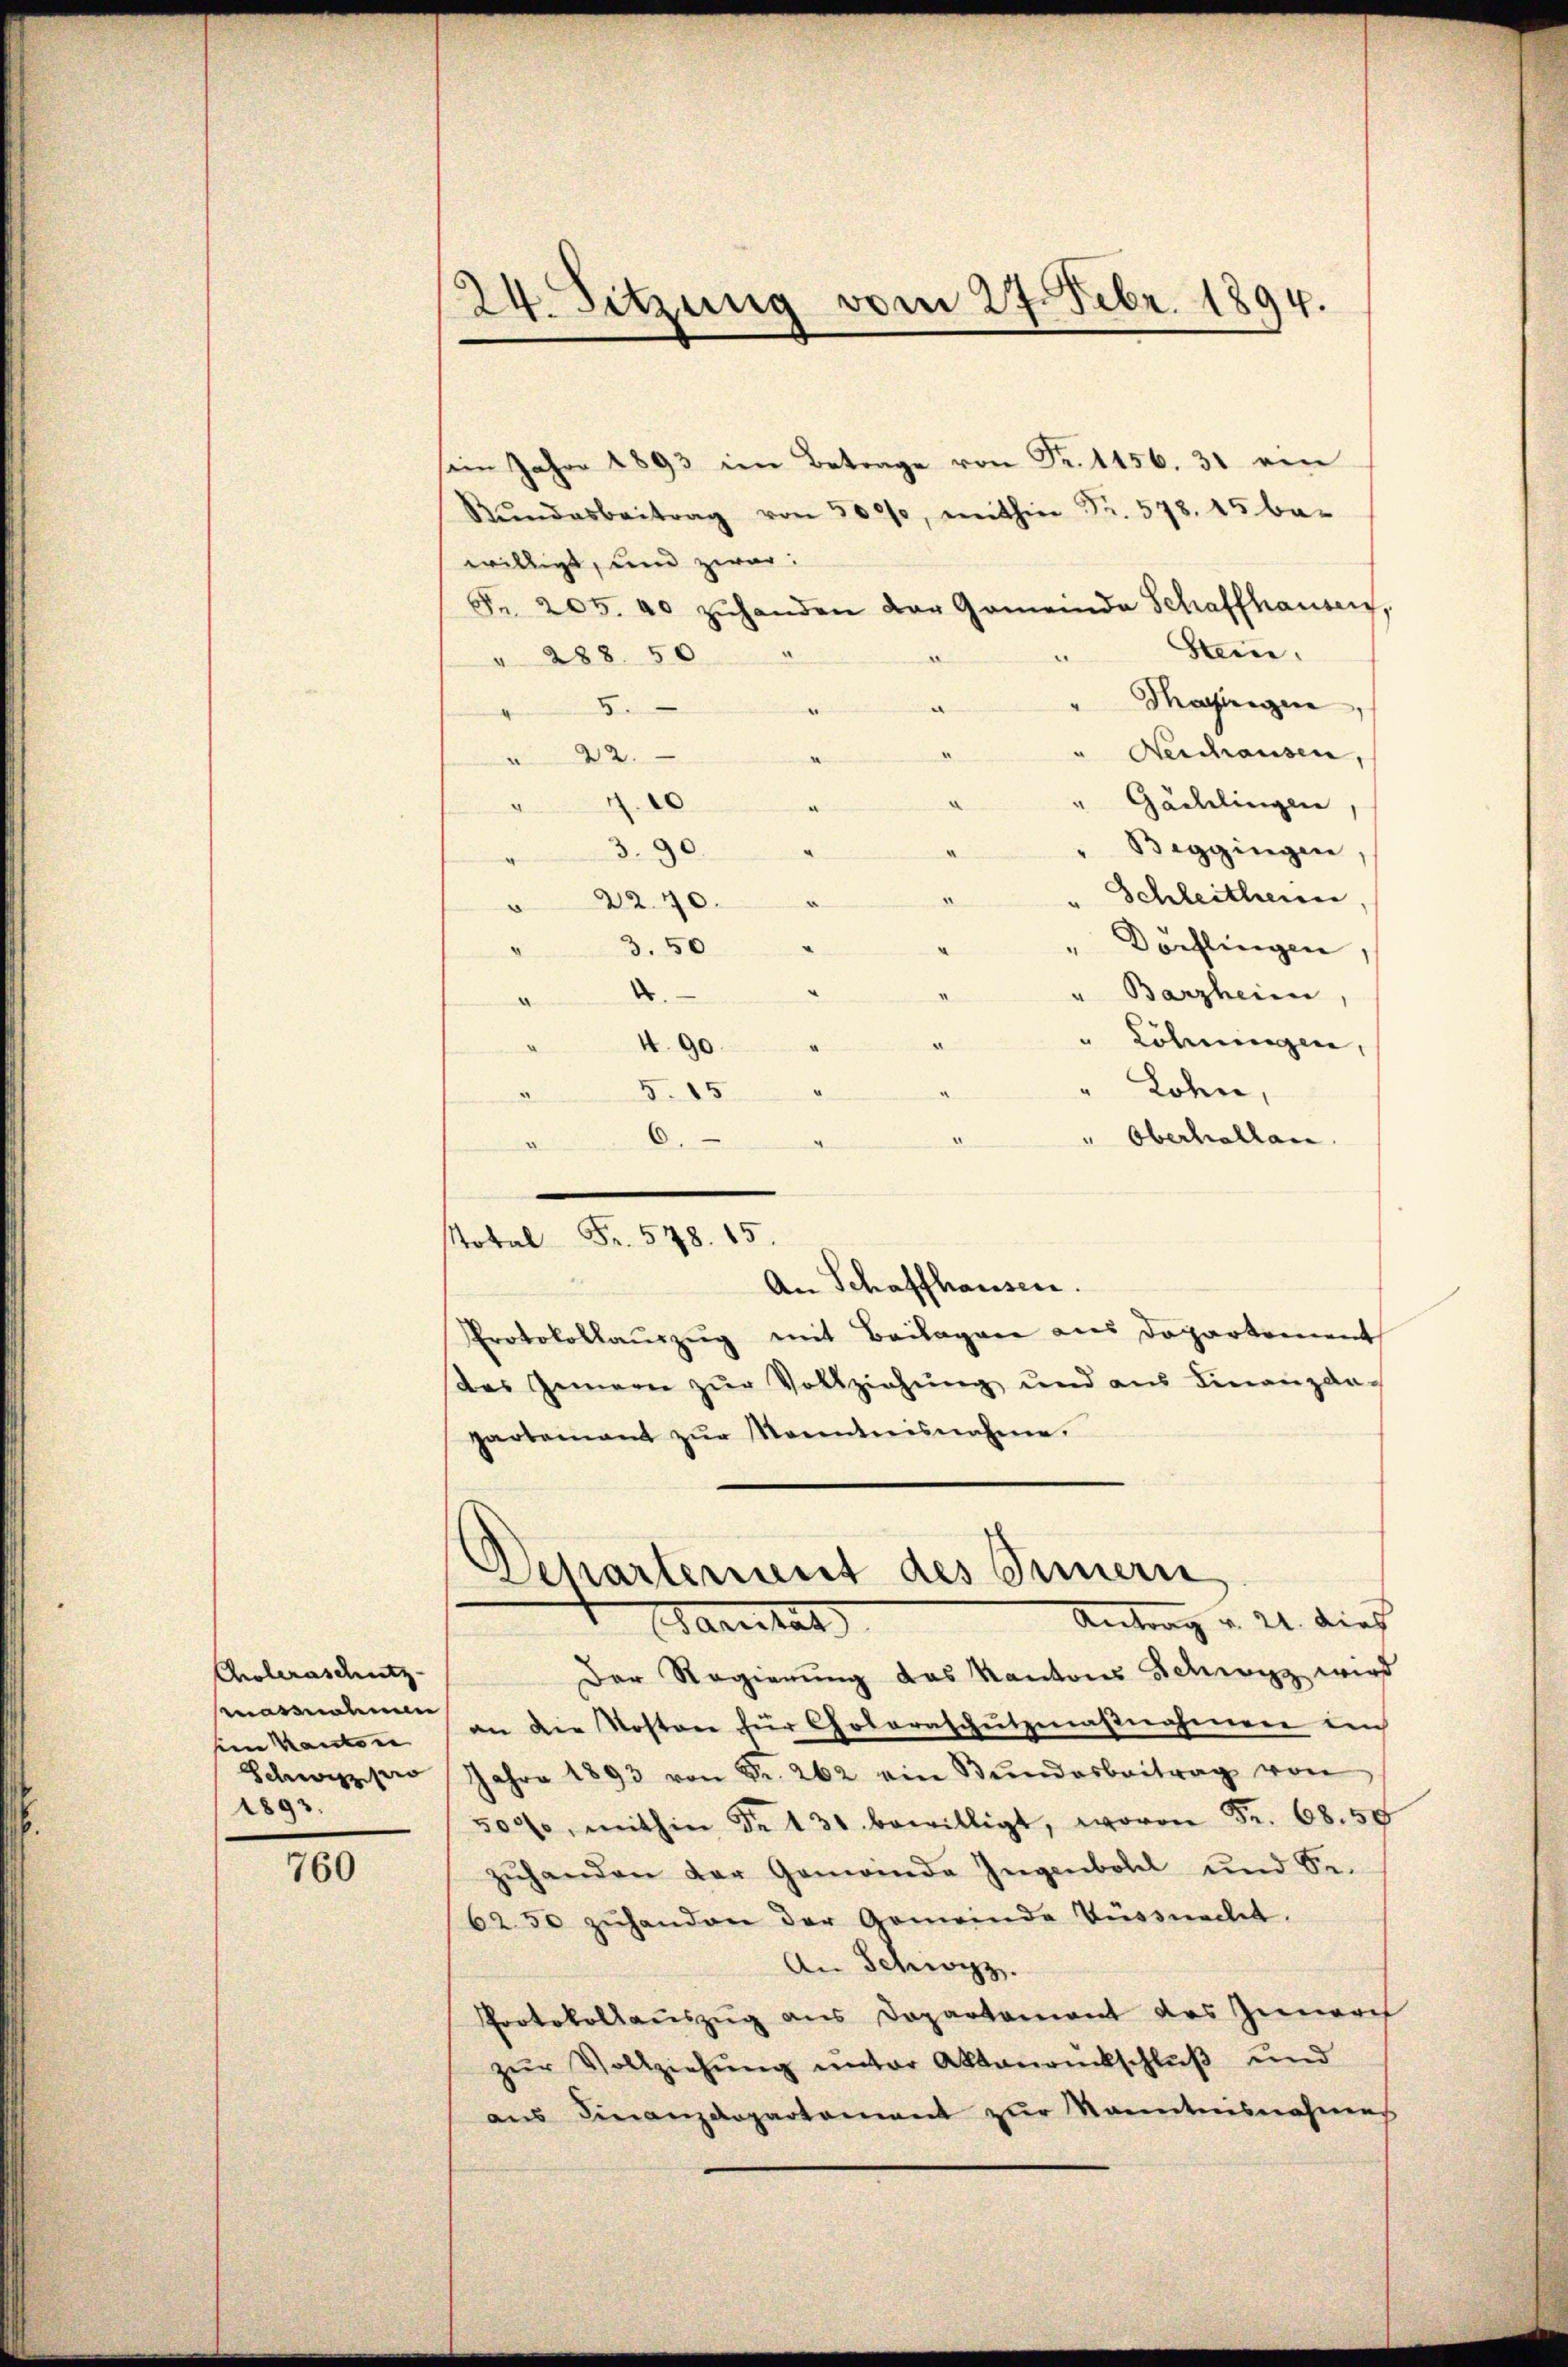
Coleraschutz
massnahmen
sein Kanton
Schwier
1893.

760

24. Sitzung vom 27. Febr. 1894.

im Jahre 1893 im Betrage von Fr. 1156. 31 ein
Rŭndesbeitrag von 3000, mithin Fr. 578. 45 be-
willigt, und zwar:
Fr. 205. 40 zŭhanden der Gemeinda Schaffhausen,
Stein.
" 288. 50
Mashingen,

" Aeschausen,
22.
" Gädelingen
d
Beggingen.
3.90
e
Schleithen
" 2240.
Dochlingen,
"3.50
.
" Barzheim,
“
" Löhnungen,
4. 90.
.
Lohn,
5. 15
u
ei
" Oberhallan
6.
.
otal Fr. 578. 15.
An Schaffhausen.
Protokollauszug mit Beilagen aus Departement
des Gemein zŭr Vollziehŭng und ans Finanzan-
partenant zŭr Monntnisnahme.

Der Regierung das Kantons Schwyz wird
an die Kosten für Cholaraschutzmaßnahmen ein
Jahre 1893 von Fr. 262 ein Bŭndesbeitrag von
500, mithin Fr. 131 bewilligt, wovon Fr. 68. 58
zŭhanden der Gemeinde Ingenbohl und Sr.
6250 zŭhanden der Gemeinde Küssnacht.
An Schwyz.
Protokollauszug aus Departement des Zunarch
zŭr Vollziehŭng ŭnter Aktaŭrückschlŭβ und
aus Finanzdepartement zur kanntesnahmes

Departement des Innern
Antrag v. 21. dies
Sanitat